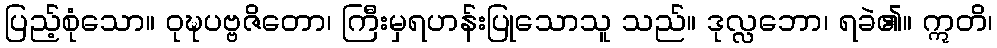
ပြည့်စုံသော။ ဝုဍ္ဎပဗ္ဗဇိတော၊ ကြီးမှရဟန်းပြုသောသူ သည်။ ဒုလ္လဘော၊ ရခဲ၏။ ဣတိ၊